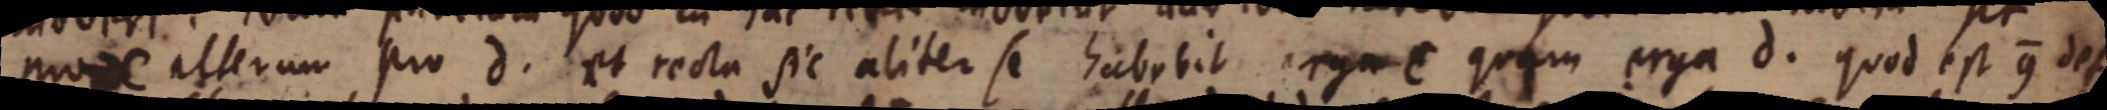
poxe alterum pro d. et recta sic aliter se habebit rga C quam erga d. quod est 9 def